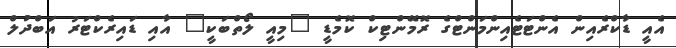
އެއީ ޑާކްރެއިން އެންޓަޓެއިންމަންޓްގެ ރޮމޭންޓިކް ކޮމެޑީ "މިއީ ލޯތްބަކީ" އާއި ޑައިރެކްޓަރު އަބްދުލް